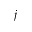
j